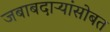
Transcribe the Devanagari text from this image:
जबाबदाऱ्यांसोबत